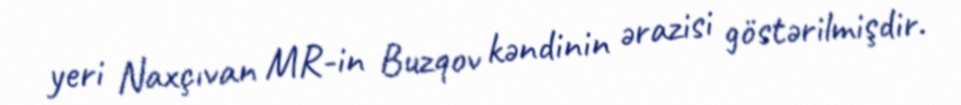
yeri Naxçıvan MR-in Buzqov kəndinin ərazisi göstərilmişdir.